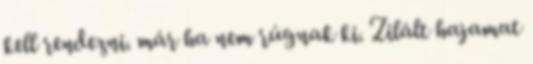
kell rendezni. már ha nem rúgnak ki. Zilált hajamat